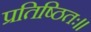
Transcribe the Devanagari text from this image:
प्रतिष्ठितः।।